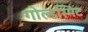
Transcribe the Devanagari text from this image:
गोल्डस्मिट